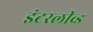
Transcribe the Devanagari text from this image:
इंटरलीव्ड